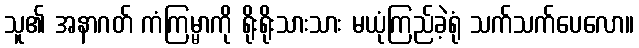
သူ၏ အနာဂတ် ကံကြမ္မာကို ရိုးရိုးသားသား မယုံကြည်ခဲ့ရုံ သက်သက်ပေလော။